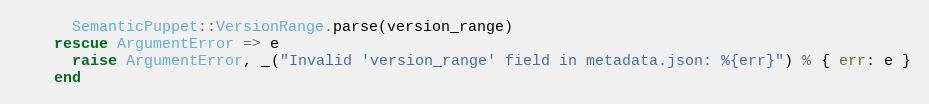
Language: Ruby
      SemanticPuppet::VersionRange.parse(version_range)
    rescue ArgumentError => e
      raise ArgumentError, _("Invalid 'version_range' field in metadata.json: %{err}") % { err: e }
    end